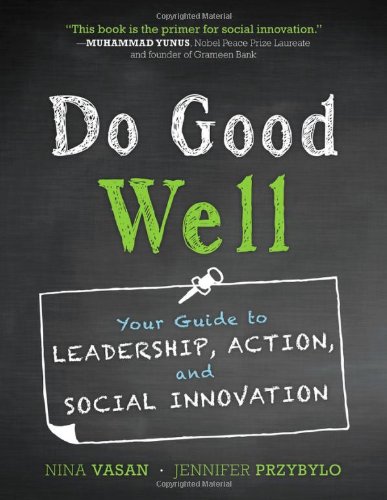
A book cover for Do Good Well: Your Guide to Leadership, Action, and Social Innovation; Nina Vasan; Business & Money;